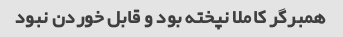
همبرگر کاملا نپخته بود و قابل خوردن نبود